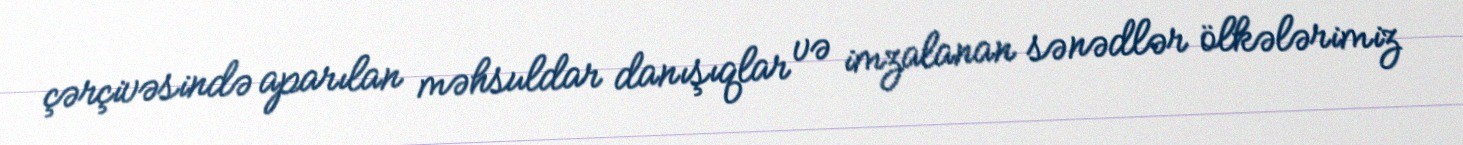
çərçivəsində aparılan məhsuldar danışıqlar və imzalanan sənədlər ölkələrimiz